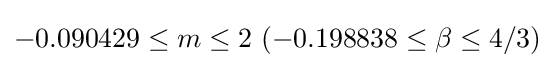
-0.090429\leq m\leq 2\ (-0.198838\leq \beta \leq 4/3)